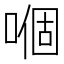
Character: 嗰